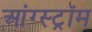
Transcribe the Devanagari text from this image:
आंग्स्ट्रॉम